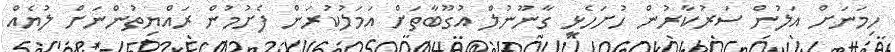
ހިމަނަށް އަލުން ސަރުކާރުން ހުށަހެޅީ ގާނޫނުލް އުގޫބާތަށް އަމަލުކުރަން ފެށުމުން ރައްޔިތުންނަށް ލުޔެއް